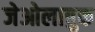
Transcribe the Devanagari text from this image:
जेओलाबुक